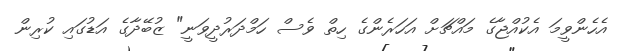
އެހެންވީމަ އެކުއްޖާގެ މައްޗަށް އަހަރެންގެ ހިތް ވެސް ހަމްދަރުދީވަނީ" ޒުބޭދާގެ އަޑުގައި ކުރިން